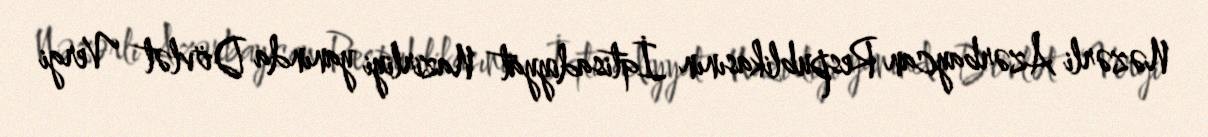
Nəzərli Azərbaycan Respublikasının İqtisadiyyat Nazirliyi yanında Dövlət Vergi